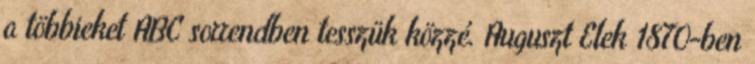
a többieket ABC sorrendben tesszük közzé. Auguszt Elek 1870-ben